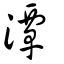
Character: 潭